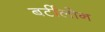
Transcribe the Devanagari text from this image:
बर्टीलोन